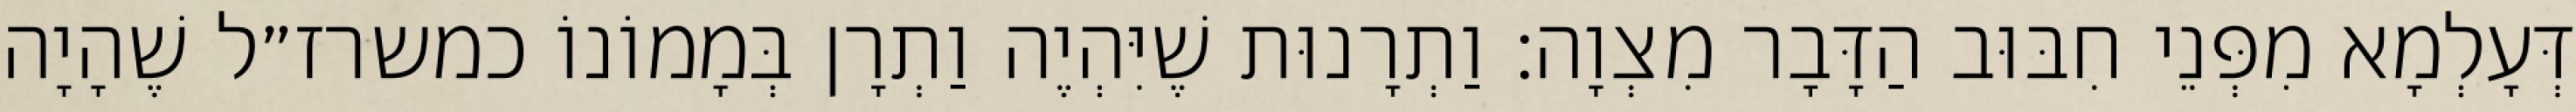
דְּעָלְמָא מִפְּנֵי חִבּוּב הַדָּבָר מִצְוָה: וַתְרָנוּת שֶׁיִּהְיֶה וַתְרָן בְּמָמוֹנוֹ כמשרז״ל שֶׁהָיָה